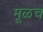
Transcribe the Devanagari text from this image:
मूळच